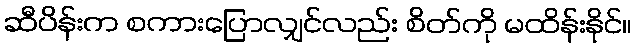
ဆီပိန်းက စကားပြောလျှင်လည်း စိတ်ကို မထိန်းနိုင်။